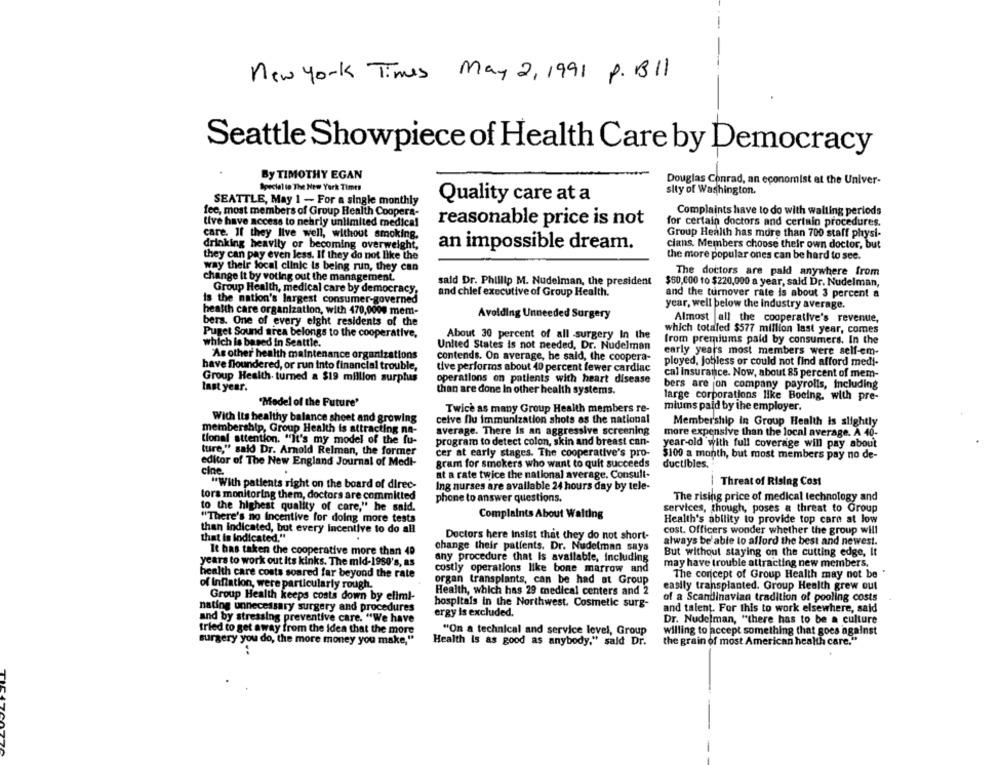
-
new York Times May 2, 1991 P. B11
Seattle Showpiece of Health Care by Democracy
By TIMOTHY EGAN
Douglas Conrad, an economist at the Univer-
Special ie The New York Times
sity of Washington.
Quality care at a
SEATTLE, May 1 - For a single monthly
fee, most members of Group Health Coopera-
Complaints have to do with waiting periods
live have access to nehrly unlimited medical
reasonable price is not
for certain doctors and certain procedures.
care. If they live well, without smoking.
Group Health has more than 700 staff physi-
drinking heavily or becoming overweight,
an impossible dream.
cians. Members choose their own doctor, but
they can pay even less. If they do not like the
the more popular ones can be hard to see.
way their focal clinic is being run, they can
The doctors are pald anywhere from
change it by voting out the management.
said Dr. Phillip M. Nudelman, the president
$60,000 to $220,000 a year, said Dr. Nudelman,
Group Health, medical care by democracy,
is the nation's largest consumer-governed
and chief executive of Group Health.
and the turnover rate is about 3 percent a
year, well below the industry average.
health care organization, with 470,0000 mem-
bers. One of every eight residents of the
Avoiding Unneeded Surgery
Almost all the cooperative's revenue,
which totaled $577 million last year, comes
Puget Sound area belongs to the cooperative,
About 30 percent of all surgery In the
which is based in Seattle.
United States is not needed, Dr. Nudelman
from premiums paid by consumers. In the
early years most members were self-em-
"As other health maintenance organizations
contends. On average, he said, the coopera-
have floundered, or run into financial trouble,
tive performs about 40 percent fewer cardiac
ployed, jobless or could not find afford medi-
cal insurance. Now, about 85 percent of mem-
Group Health- turned a $19 million surplus
operations on patients with heart disease
last year.
than are done In other health systems.
bers are jon company payrolls, Including
large corporations like Boeing, with pre-
'Model of the Future'
miums paid by the employer.
Twice as many Group Health members re-
With its healthy balance sheet and growing
ceive flu immunization shots as the national
Membership in Group Health is slightly
membership, Group Health is attracting na-
average. There is an aggressive screening
more expensive than the local average. A 40-
tional attention. "It's my model of the fu-
program to detect colon, skin and breast can-
year-old with full coverage will pay about
ture," said Dr. Arnold Relmen, the former
cer at early stages. The cooperative's pro-
$100 a month, but most members pay no de-
editor of The New England Journal of Medi-
gram for smokers who want to quit succeeds
ductibles.
cine.
at a rate twice the national average. Consult-
Threat of Rising Cost
"With patients right on the board of direc-
Ing nurses are available 24 hours day by tele-
tors monitoring them, doctors are committed
phone to answer questions.
The rising price of medical technology and
to the highest quality of care," he said.
services, though, poses a threat to Group
"There's no Incentive for doing more tests
Complaints About Waiting
Health's ability to provide top care at low
than indicated, but every incentive to do all
Doctors here insist that they do not short-
cost. Officers wonder whether the group will
that is indicated."
always be able to afford the best and newest.
It has taken the cooperative more than 40
change their patients. Dr. Nudelman says
But without staying on the cutting edge, It
any procedure that Is available, including
years to work out its kinks. The mid-1950's, as
may have trouble attracting new members,
health care costs soared far beyond the rate
costly operations like bone marrow and
The concept of Group Health may not be "
organ transplants, can be had at Group
of Inflation, were particularly rough.
easily transplanted. Group Health grew out
Group Health keeps costs down by eliml-
Health, which has 29 medical centers and 2
hospitais in the Northwest. Cosmetic surg-
of a Scandinavian tradition of pooling costs
nating unnecessary surgery and procedures
ergy is excluded.
and talent. For this to work elsewhere, said
and by stressing preventive care. "We have
Dr. Nudelman, "there has to be a culture
tried to get away from the idea that the more
"On a technical and service level, Group
willing to accept something that goes against
surgery you do, the more money you make,"
Health Is as good as anybody," said Dr.
the grain of most American health care."